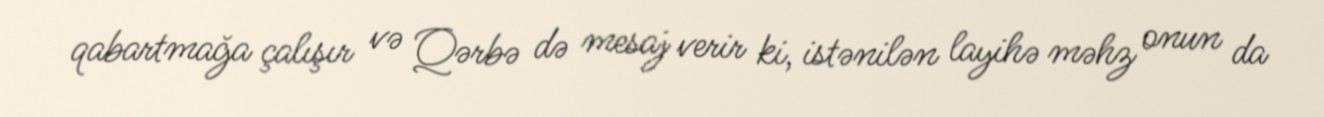
qabartmağa çalışır və Qərbə də mesaj verir ki, istənilən layihə məhz onun da